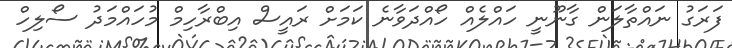
ފަރަގު ނައްތާލަން ގާނޫނީ ހައްލެއް ހޯއްދަވާނެ ކަމަށް ރައީސް އިބްރާހިމް މުހައްމަދު ސޯލިހް